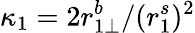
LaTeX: \kappa_{1}=2r_{1\perp}^{b}/(r_{1}^{s})^{2}